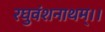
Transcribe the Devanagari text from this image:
रघुवंशनाथम्।।